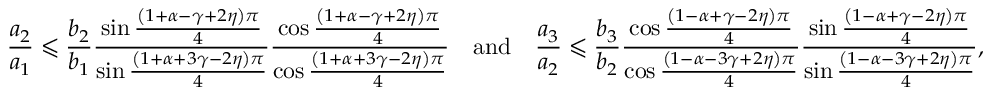
\frac { a _ { 2 } } { a _ { 1 } } \leqslant \frac { b _ { 2 } } { b _ { 1 } } \frac { \sin \frac { \left( 1 + \alpha - \gamma + 2 \eta \right) \pi } { 4 } } { \sin \frac { \left( 1 + \alpha + 3 \gamma - 2 \eta \right) \pi } { 4 } } \frac { \cos \frac { \left( 1 + \alpha - \gamma + 2 \eta \right) \pi } { 4 } } { \cos \frac { \left( 1 + \alpha + 3 \gamma - 2 \eta \right) \pi } { 4 } } \quad \mathrm { a n d } \quad \frac { a _ { 3 } } { a _ { 2 } } \leqslant \frac { b _ { 3 } } { b _ { 2 } } \frac { \cos \frac { \left( 1 - \alpha + \gamma - 2 \eta \right) \pi } { 4 } } { \cos \frac { \left( 1 - \alpha - 3 \gamma + 2 \eta \right) \pi } { 4 } } \frac { \sin \frac { \left( 1 - \alpha + \gamma - 2 \eta \right) \pi } { 4 } } { \sin \frac { \left( 1 - \alpha - 3 \gamma + 2 \eta \right) \pi } { 4 } } ,